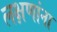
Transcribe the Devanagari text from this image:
लक्षणांना